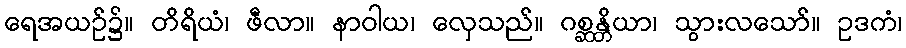
ရေအယဉ်၌။ တိရိယံ၊ ဖီလာ။ နာဝါယ၊ လှေသည်။ ဂစ္ဆန္တိယာ၊ သွားလသော်။ ဥဒကံ၊